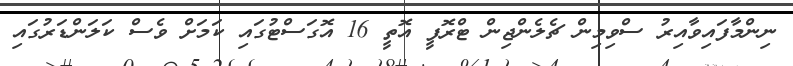
ނިންމާފައިވާއިރު ސްވިމިން ޗެލެންޖިން ޓްރޮފީ އޮތީ 16 އޮގަސްޓުގައި ކަމަށް ވެސް ކަލަންޑަރުގައި